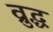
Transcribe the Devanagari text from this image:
व्रुद्ध